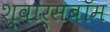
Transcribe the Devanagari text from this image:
श्वार्सबॉम